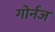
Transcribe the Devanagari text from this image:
गोर्नज